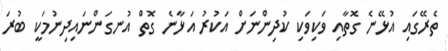
ތެރޭގައި އުޅޭނެ ގޮތާއި ވަކިވަކި ކުދިންނަށް އަކުރު އަޅާނެ ގޮތް އުނގަންނައިދިނުމަކީ ބުރަ